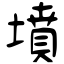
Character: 墳